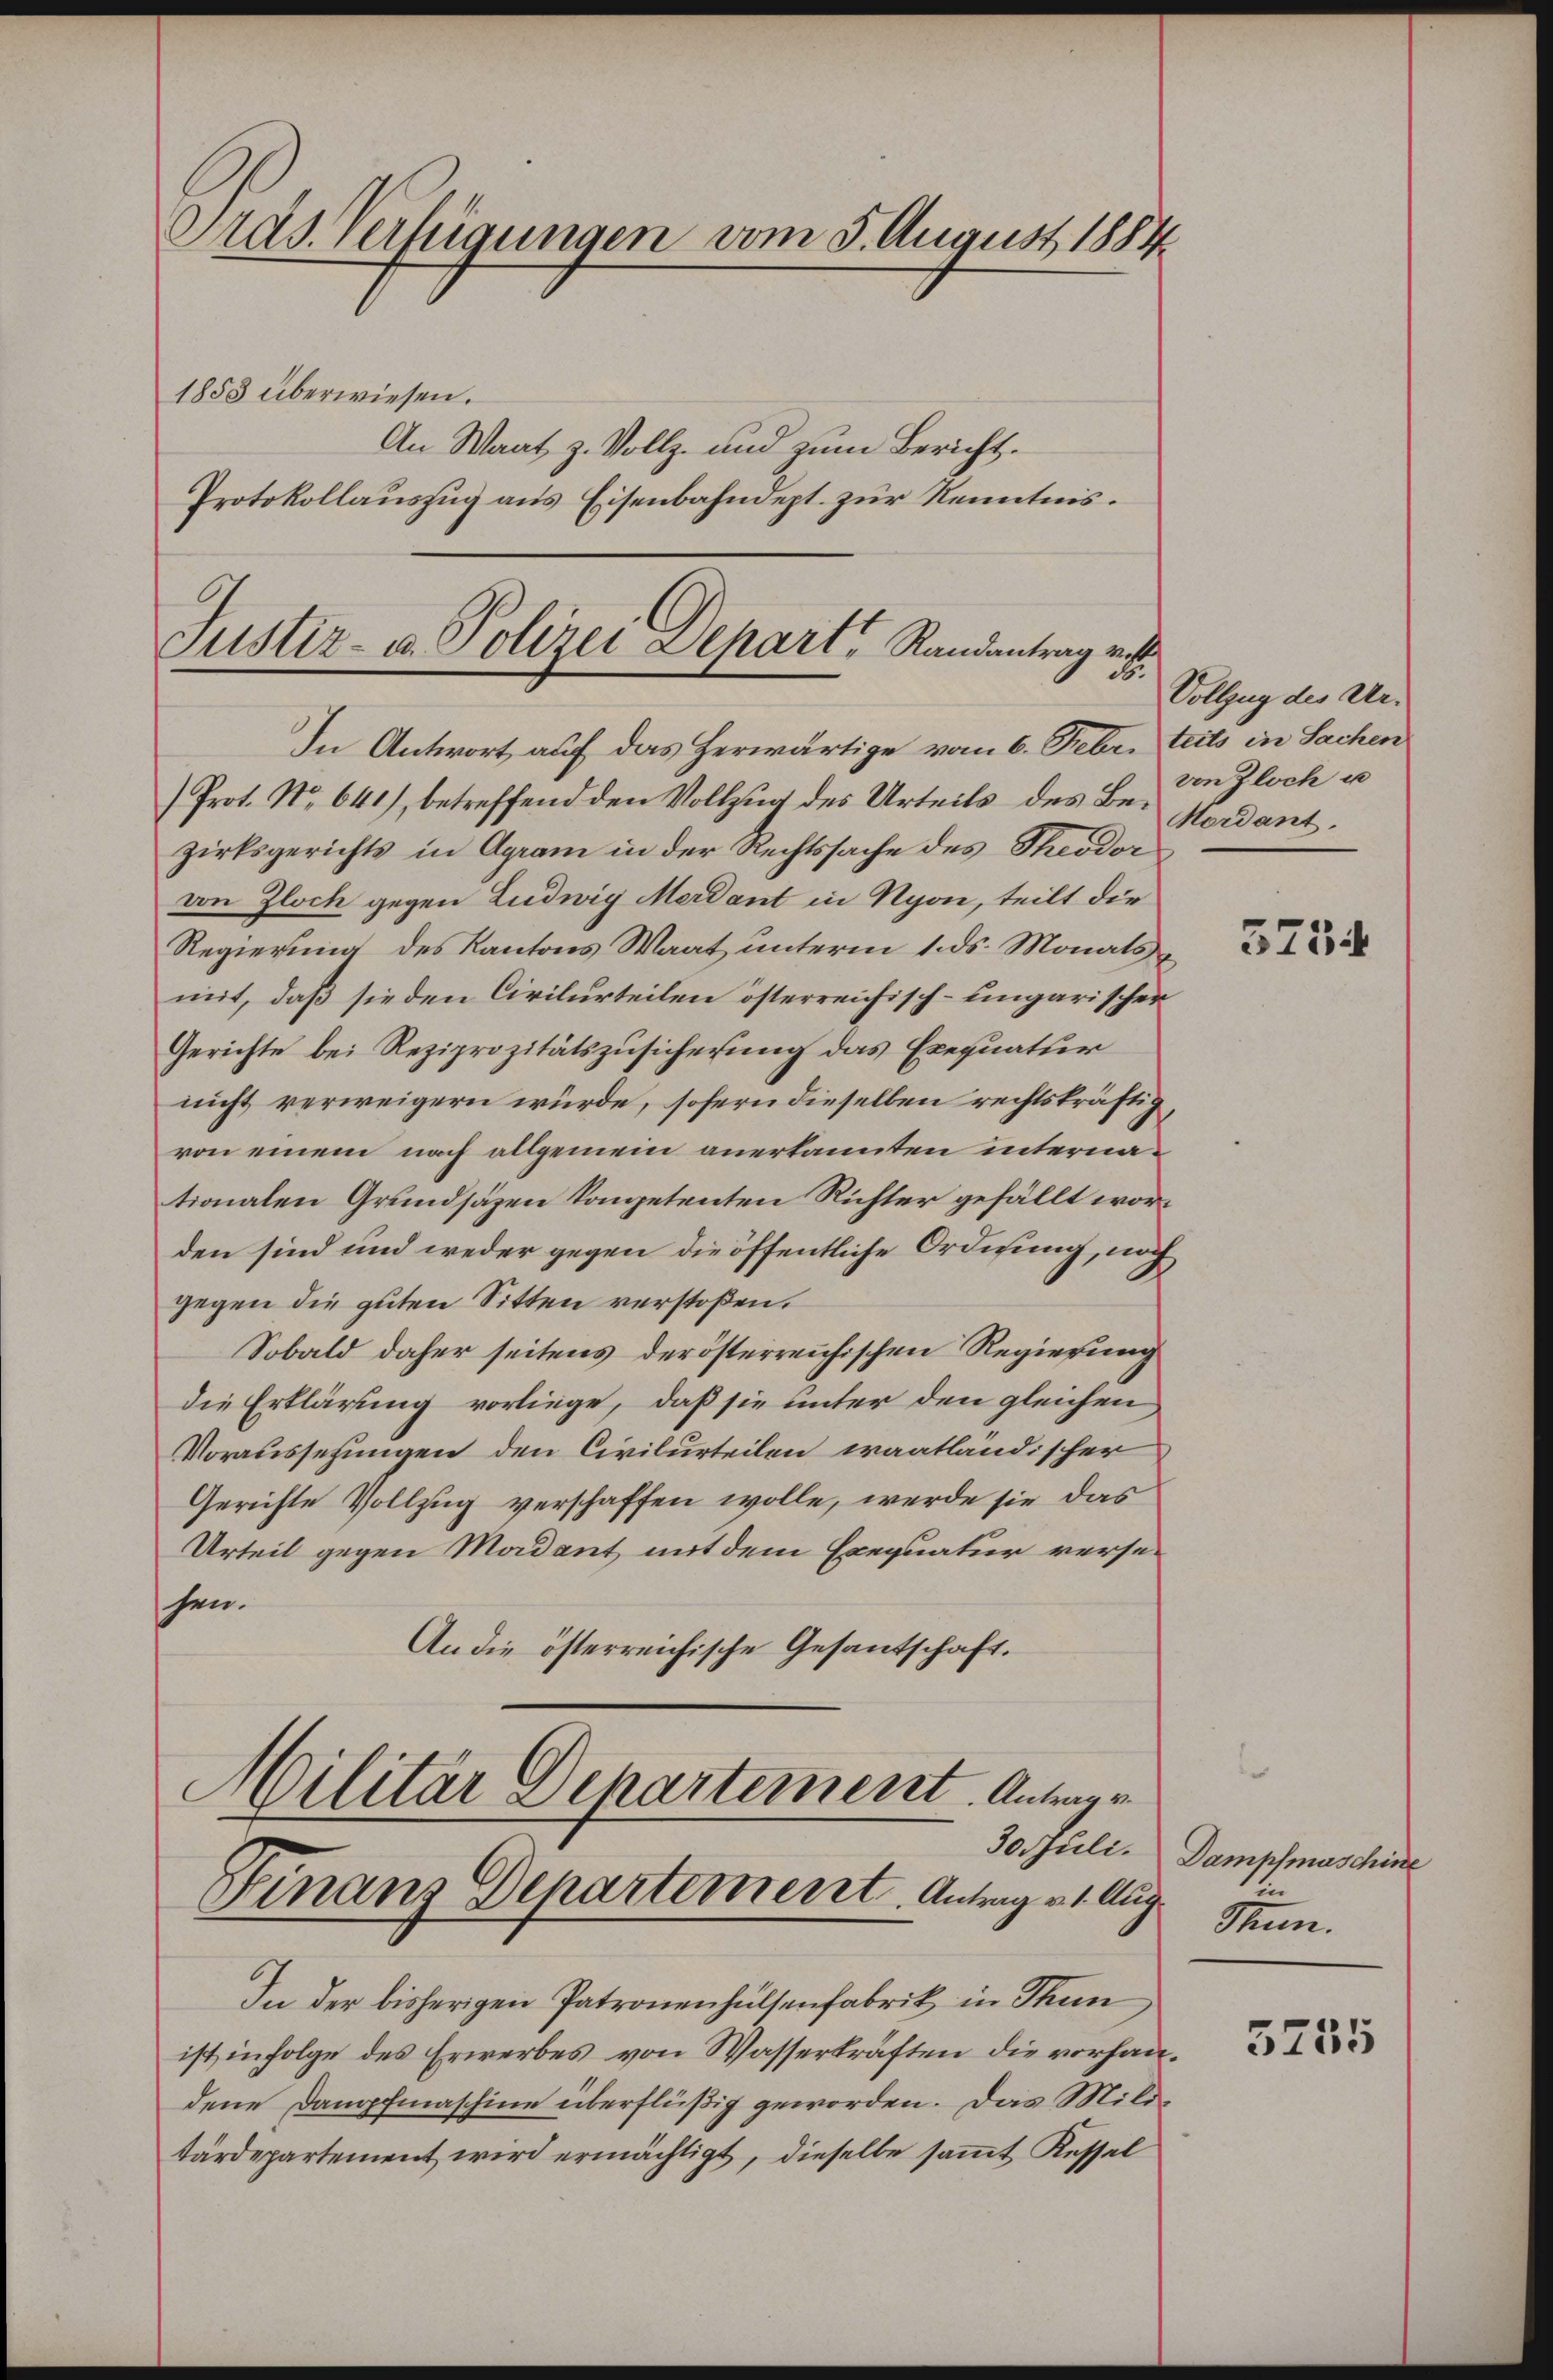
Pras. Verfügungen vom 5. August 1884
1853 überwiesen.
An Waat, z. Vollz- und zum Bericht.
Protokollauszug aus Eisenbahndept. zur Kenntnis.

Justiz- u. Polizei Depart, Randantrag viell
d.

In Antwort auf das herwärtige vom 6. Febr. leits in Sachen
Prot. No. 641), betreffend den Vollzug des Urteils des Bezirksgerichts in Agram in der Rechtssache des Theodor
von Zloch gegen Ludwig Merdant in Nyon, teilt die
Regierung des Kantons Waat unterm 1. ds. Monats
mit, daß sie den Civilurteilen österreichisch-ungarischen
Gerichte bei Reziprozitätszusicherung das Exequatur
nicht verweigern würde, sofern dieselben rechtskräftig,
von einem nach allgemein anerkannten internationalen Grundsäzen kompetenten Richter gefällt worden sind und weder gegen die öffentliche Ordnung, noch
gegen die guten Sitten verstoßen.
Sobald daher seitens derösterreichischen Regierung
die Erklärung vorliege, daß sie unter den gleichen
Voraussetzungen den Civilurteilen waatländischer
Gerichte Vollzug verschaffen wolle, werde sie das
Urteil gegen Madant mit dem Exequatur versesen.
An die österreichische Gesantschaft.
Militär Departement. Antragen
e
Finanz Departement. Antrag v. 1. Aug.

Vollzug des Urvon Zloch u
Mordant.

In der bisherigen Patronenhülsenfabrik in Stun
ist in Folge des Erwerbes von Wasserkräften die vorhandene Dampfmaschine überflüßig geworden. Das Mild
tärdepartement wird ermächtigt, dieselbe samt Kessel

3734

30. Juli. Dampfmaschine
Sun.

5255